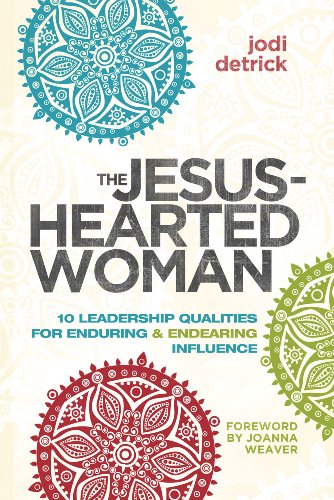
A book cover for The Jesus-Hearted Woman: 10 Leadership Qualities for Enduring and Endearing Influence; Jodi Detrick; Christian Books & Bibles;